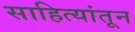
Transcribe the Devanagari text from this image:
साहित्यांतून